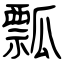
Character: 瓢